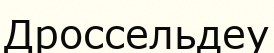
Дроссельдеу